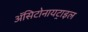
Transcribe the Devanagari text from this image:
ॲसिटोनायट्राइल